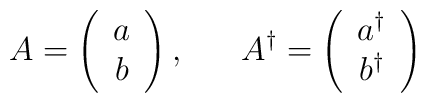
A = \left( \begin{array}{c} a \\ b \end{array} \right), \;\;\;\;\;\;A^{\dagger} = \left( \begin{array}{c} a^{\dagger} \\ b^{\dagger} \end{array} \right)